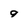
Character: g